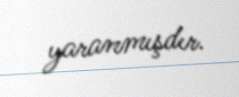
yaranmışdır.